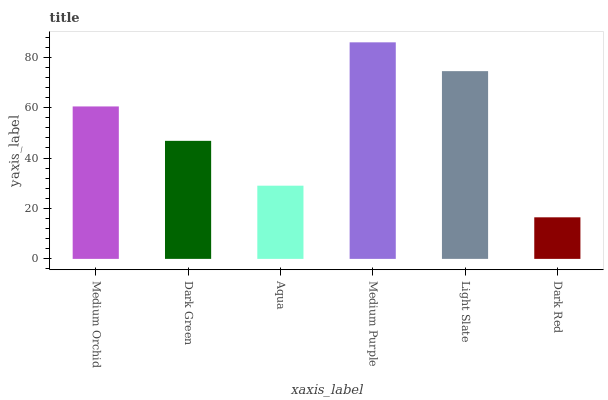
| xaxis_label | bars |
 | --- | --- |
 | Medium Orchid | 60.5 |
 | Dark Green | 46.8 |
 | Aqua | 29 |
 | Medium Purple | 85.9 |
 | Light Slate | 74.5 |
 | Dark Red | 16.5 |